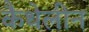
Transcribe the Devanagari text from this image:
कैथेलीन